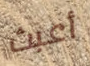
أعبث